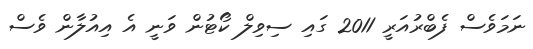
ނަމަވެސް ފެބްރުއަރީ 2011 ގައި ސިވިލް ކޯޓުން ވަނީ އެ އިއުލާން ވެސް